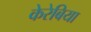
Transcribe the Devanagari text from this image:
केरेबिया